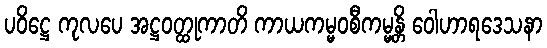
ပဝိဋ္ဌေ ကုလပေ အဋ္ဌဝတ္ထုကာတိ ကာယကမ္မဝစီကမ္မန္တိ ဝေါဟာရဒေသနာ